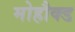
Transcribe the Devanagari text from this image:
मोहौक्ड